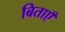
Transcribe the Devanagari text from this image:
बिताएँ